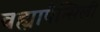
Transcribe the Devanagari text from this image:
वह्यापेन्सिली